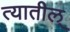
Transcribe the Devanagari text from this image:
त्यातील्